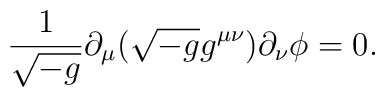
{1\over{\sqrt{-g}}}\partial_\mu(\sqrt{-g}g^{\mu\nu})\partial_\nu \phi=0.